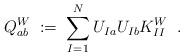
LaTeX: \begin{align*}Q^W_{a b} \; := \; \sum_{I=1}^N U_{Ia} U_{Ib} K^W_{II} \; \; .\end{align*}